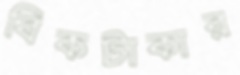
বিকটাকার